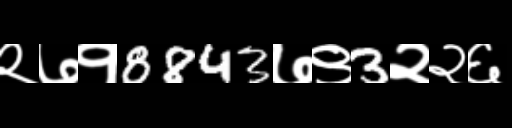
Text: २७१8843७९3२२६